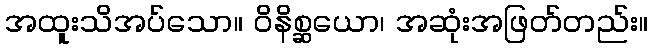
အထူးသိအပ်သော။ ဝိနိစ္ဆယော၊ အဆုံးအဖြတ်တည်း။